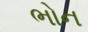
ભોન